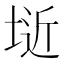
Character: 𭎱